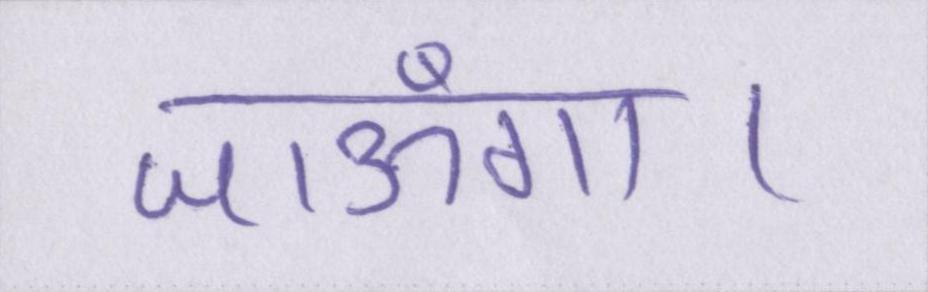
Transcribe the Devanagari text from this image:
जाऊँगा।